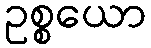
ဥစ္စယော